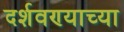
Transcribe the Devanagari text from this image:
दर्शवण्याच्या